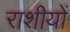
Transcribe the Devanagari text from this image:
राशीयों